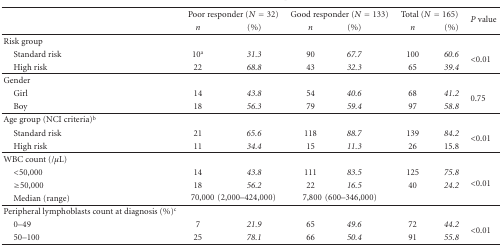
|  | <COLSPAN=2> Poor responder (N = 32) | <COLSPAN=2> Good responder (N = 133) | <COLSPAN=2> Total (N = 165) | <ROWSPAN=2> P value |
 |  | n | (%) | n | (%) | n | (%) |
 | --- | --- | --- | --- | --- | --- | --- | --- |
 | Risk group |  |  |  |  |  |  |  |
 | Standard risk | 10a | 31.3 | 90 | 67.7 | 100 | 60.6 | <ROWSPAN=2> <0.01 |
 | High risk | 22 | 68.8 | 43 | 32.3 | 65 | 39.4 |
 | Gender |  |  |  |  |  |  |  |
 | Girl | 14 | 43.8 | 54 | 40.6 | 68 | 41.2 | <ROWSPAN=2> 0.75 |
 | Boy | 18 | 56.3 | 79 | 59.4 | 97 | 58.8 |
 | Age group (NCI criteria)b |  |  |  |  |  |  |  |
 | Standard risk | 21 | 65.6 | 118 | 88.7 | 139 | 84.2 | <ROWSPAN=2> <0.01 |
 | High risk | 11 | 34.4 | 15 | 11.3 | 26 | 15.8 |
 | WBC count (/μL) |  |  |  |  |  |  |  |
 | <50,000 | 14 | 43.8 | 111 | 83.5 | 125 | 75.8 | <ROWSPAN=3> <0.01 |
 | ≥50,000 | 18 | 56.2 | 22 | 16.5 | 40 | 24.2 |
 | Median (range) | <COLSPAN=2> 70,000(2,000–424,000) | <COLSPAN=2> 7,800(600–346,000) |  |  |
 | Peripheral lymphoblasts count at diagnosis (%)c |  |  |  |  |  |  |  |
 | 0–49 | 7 | 21.9 | 65 | 49.6 | 72 | 44.2 | <ROWSPAN=2> <0.01 |
 | 50–100 | 25 | 78.1 | 66 | 50.4 | 91 | 55.8 |